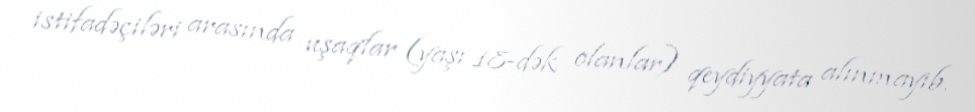
istifadəçiləri arasında uşaqlar (yaşı 18-dək olanlar) qeydiyyata alınmayıb.